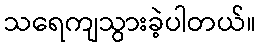
သရေကျသွားခဲ့ပါတယ်။